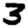
Digit: 3